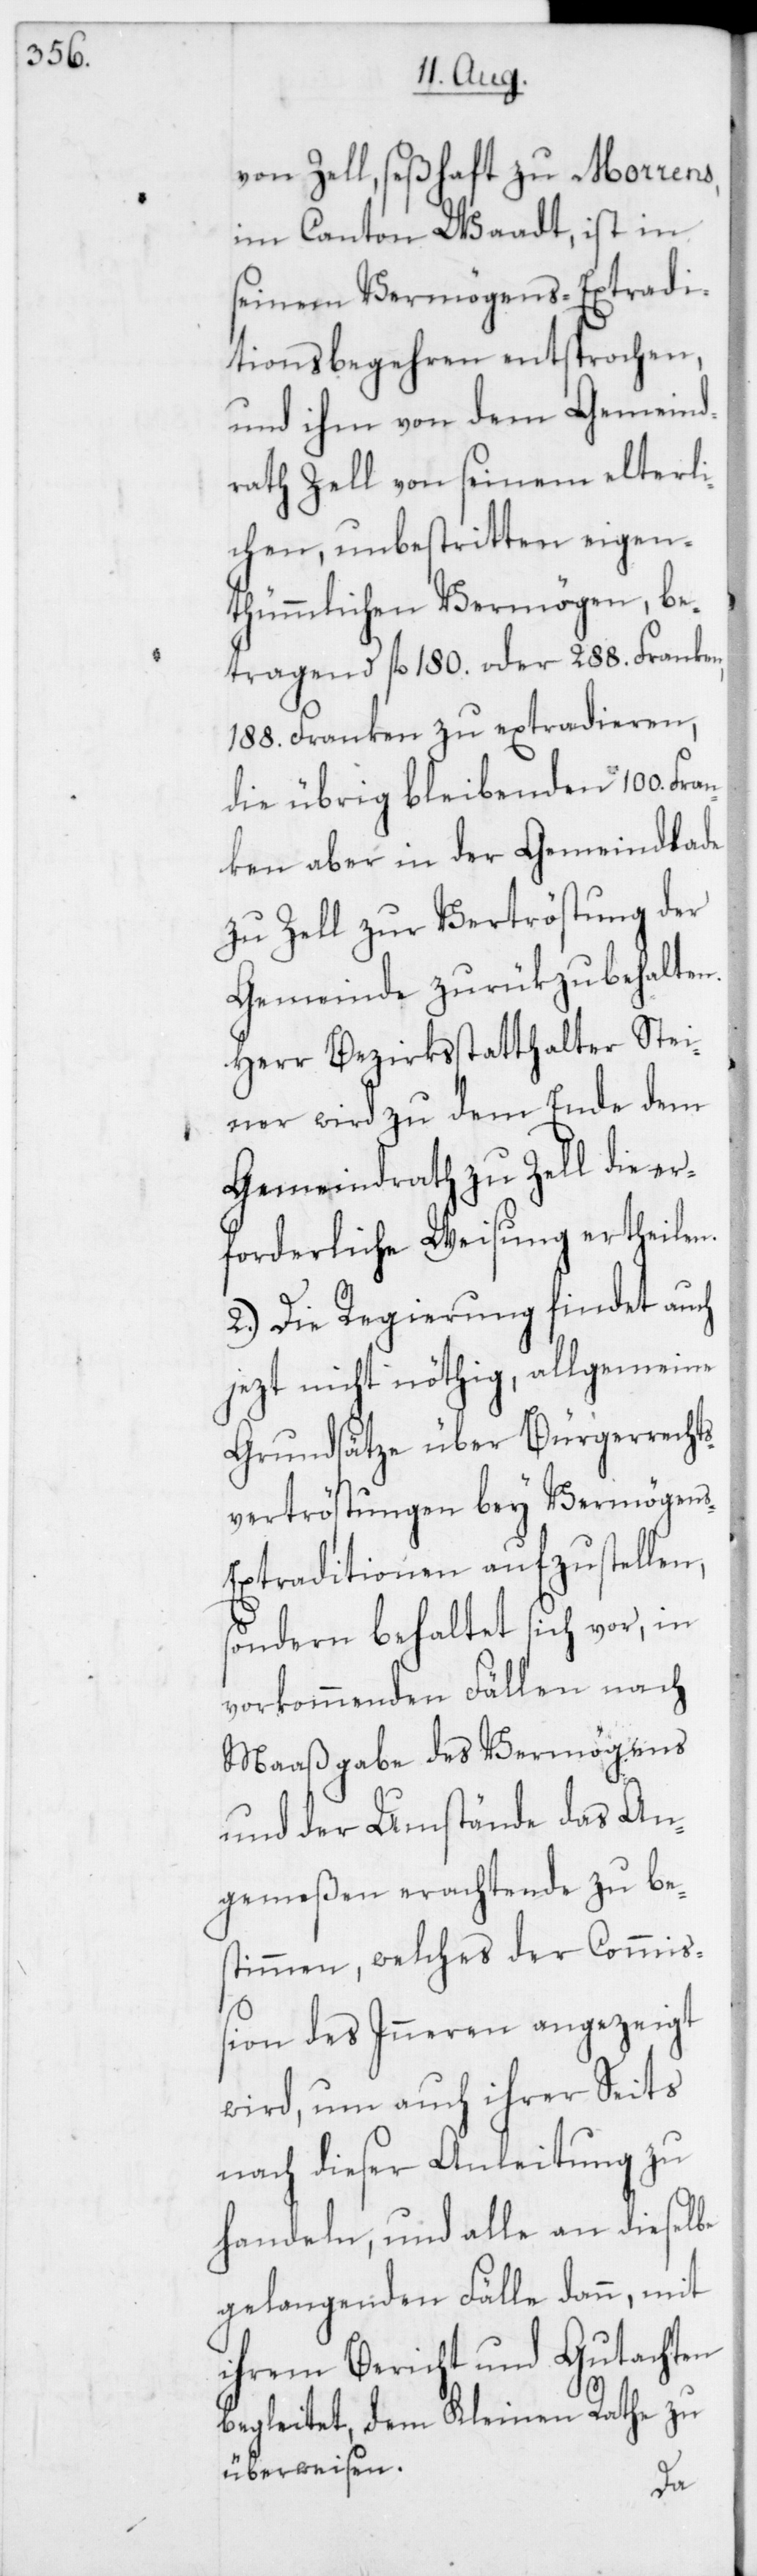
von Zell, seßhaft zu Morrens
im Canton Waadt, ist in
seinem Vermögens-Extradi¬
tionsbegehren entsprochen,
und ihm von dem Gemeind¬
rath Zell von seinem elterli¬
chen, unbestritten eigen¬
thümmlichen Vermögen, be¬
tragend fl. 180. oder 288. Franken,
188. Franken zu extradieren,
die übrig bleibenden 100. Fra¬
nken aber in der Gemeindlade
zu Zell zur Vertröstung der
Gemeinde zurükzubehalten.
Herr Bezirksstatthalter Stei¬
ner wird zu dem Ende dem
Gemeindrath zu Zell die er¬
forderliche Weisung ertheilen.
2. Die Regierung findet auch
jezt nicht nöthig, allgemeine
Grundsätze über Bürgerrecht¬
svertröstungen bey Vermögen¬
s-Extraditionen aufzustellen,
sondern behaltet sich vor, in
vorkommenden Fällen nach
Maaßgabe des Vermögens
und der Umstände das An¬
gemeßen erachtende zu bes¬
timmen, welches der Commi¬
ßion des Inneren angezeigt
wird, um auch ihrer Seits
nach dieser Anleitung zu
handeln, und alle an dieselbe
gelangenden Fälle dann, mit
ihrem Bericht und Gutachten
begleitet, dem Kleinen Rathe zu
überweisen.